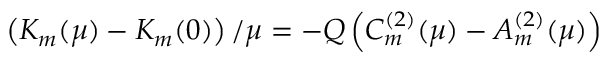
\left( K _ { m } ( \mu ) - K _ { m } ( 0 ) \right) / \mu = - Q \left( C _ { m } ^ { ( 2 ) } ( \mu ) - A _ { m } ^ { ( 2 ) } ( \mu ) \right)